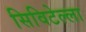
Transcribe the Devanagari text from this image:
सिविटेल्ला